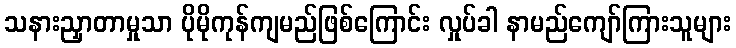
သနားညှာတာမှုသာ ပိုမိုကုန်ကျမည်ဖြစ်ကြောင်း လှုပ်ခါ နာမည်ကျော်ကြားသူများ